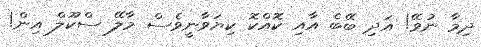
ދިމާ ނުވޭ! އަދި ބޭބެ އާއި ކޮއްކޮ ކިޔަވާނީވެސް މާލޭ ސްކޫލް އިން!